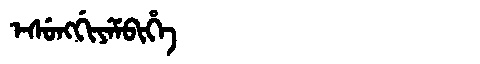
Manchu: ᡝᠰᡠᠩᡤᡳᠶᡝᠮᠪᡳᡥᡝ
Romanization: ESUNGGIYEMBIHE